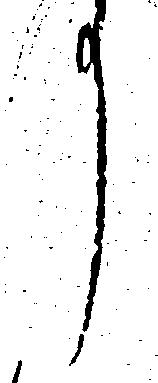
う